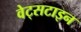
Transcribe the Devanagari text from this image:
वेट्सटाइन